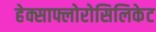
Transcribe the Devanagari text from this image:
हेक्साफ्लोरोसिलिकेट